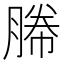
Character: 幐